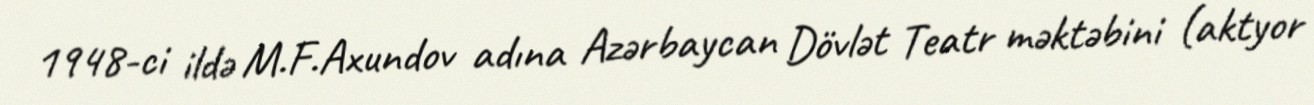
1948-ci ildə M.F.Axundov adına Azərbaycan Dövlət Teatr məktəbini (aktyor